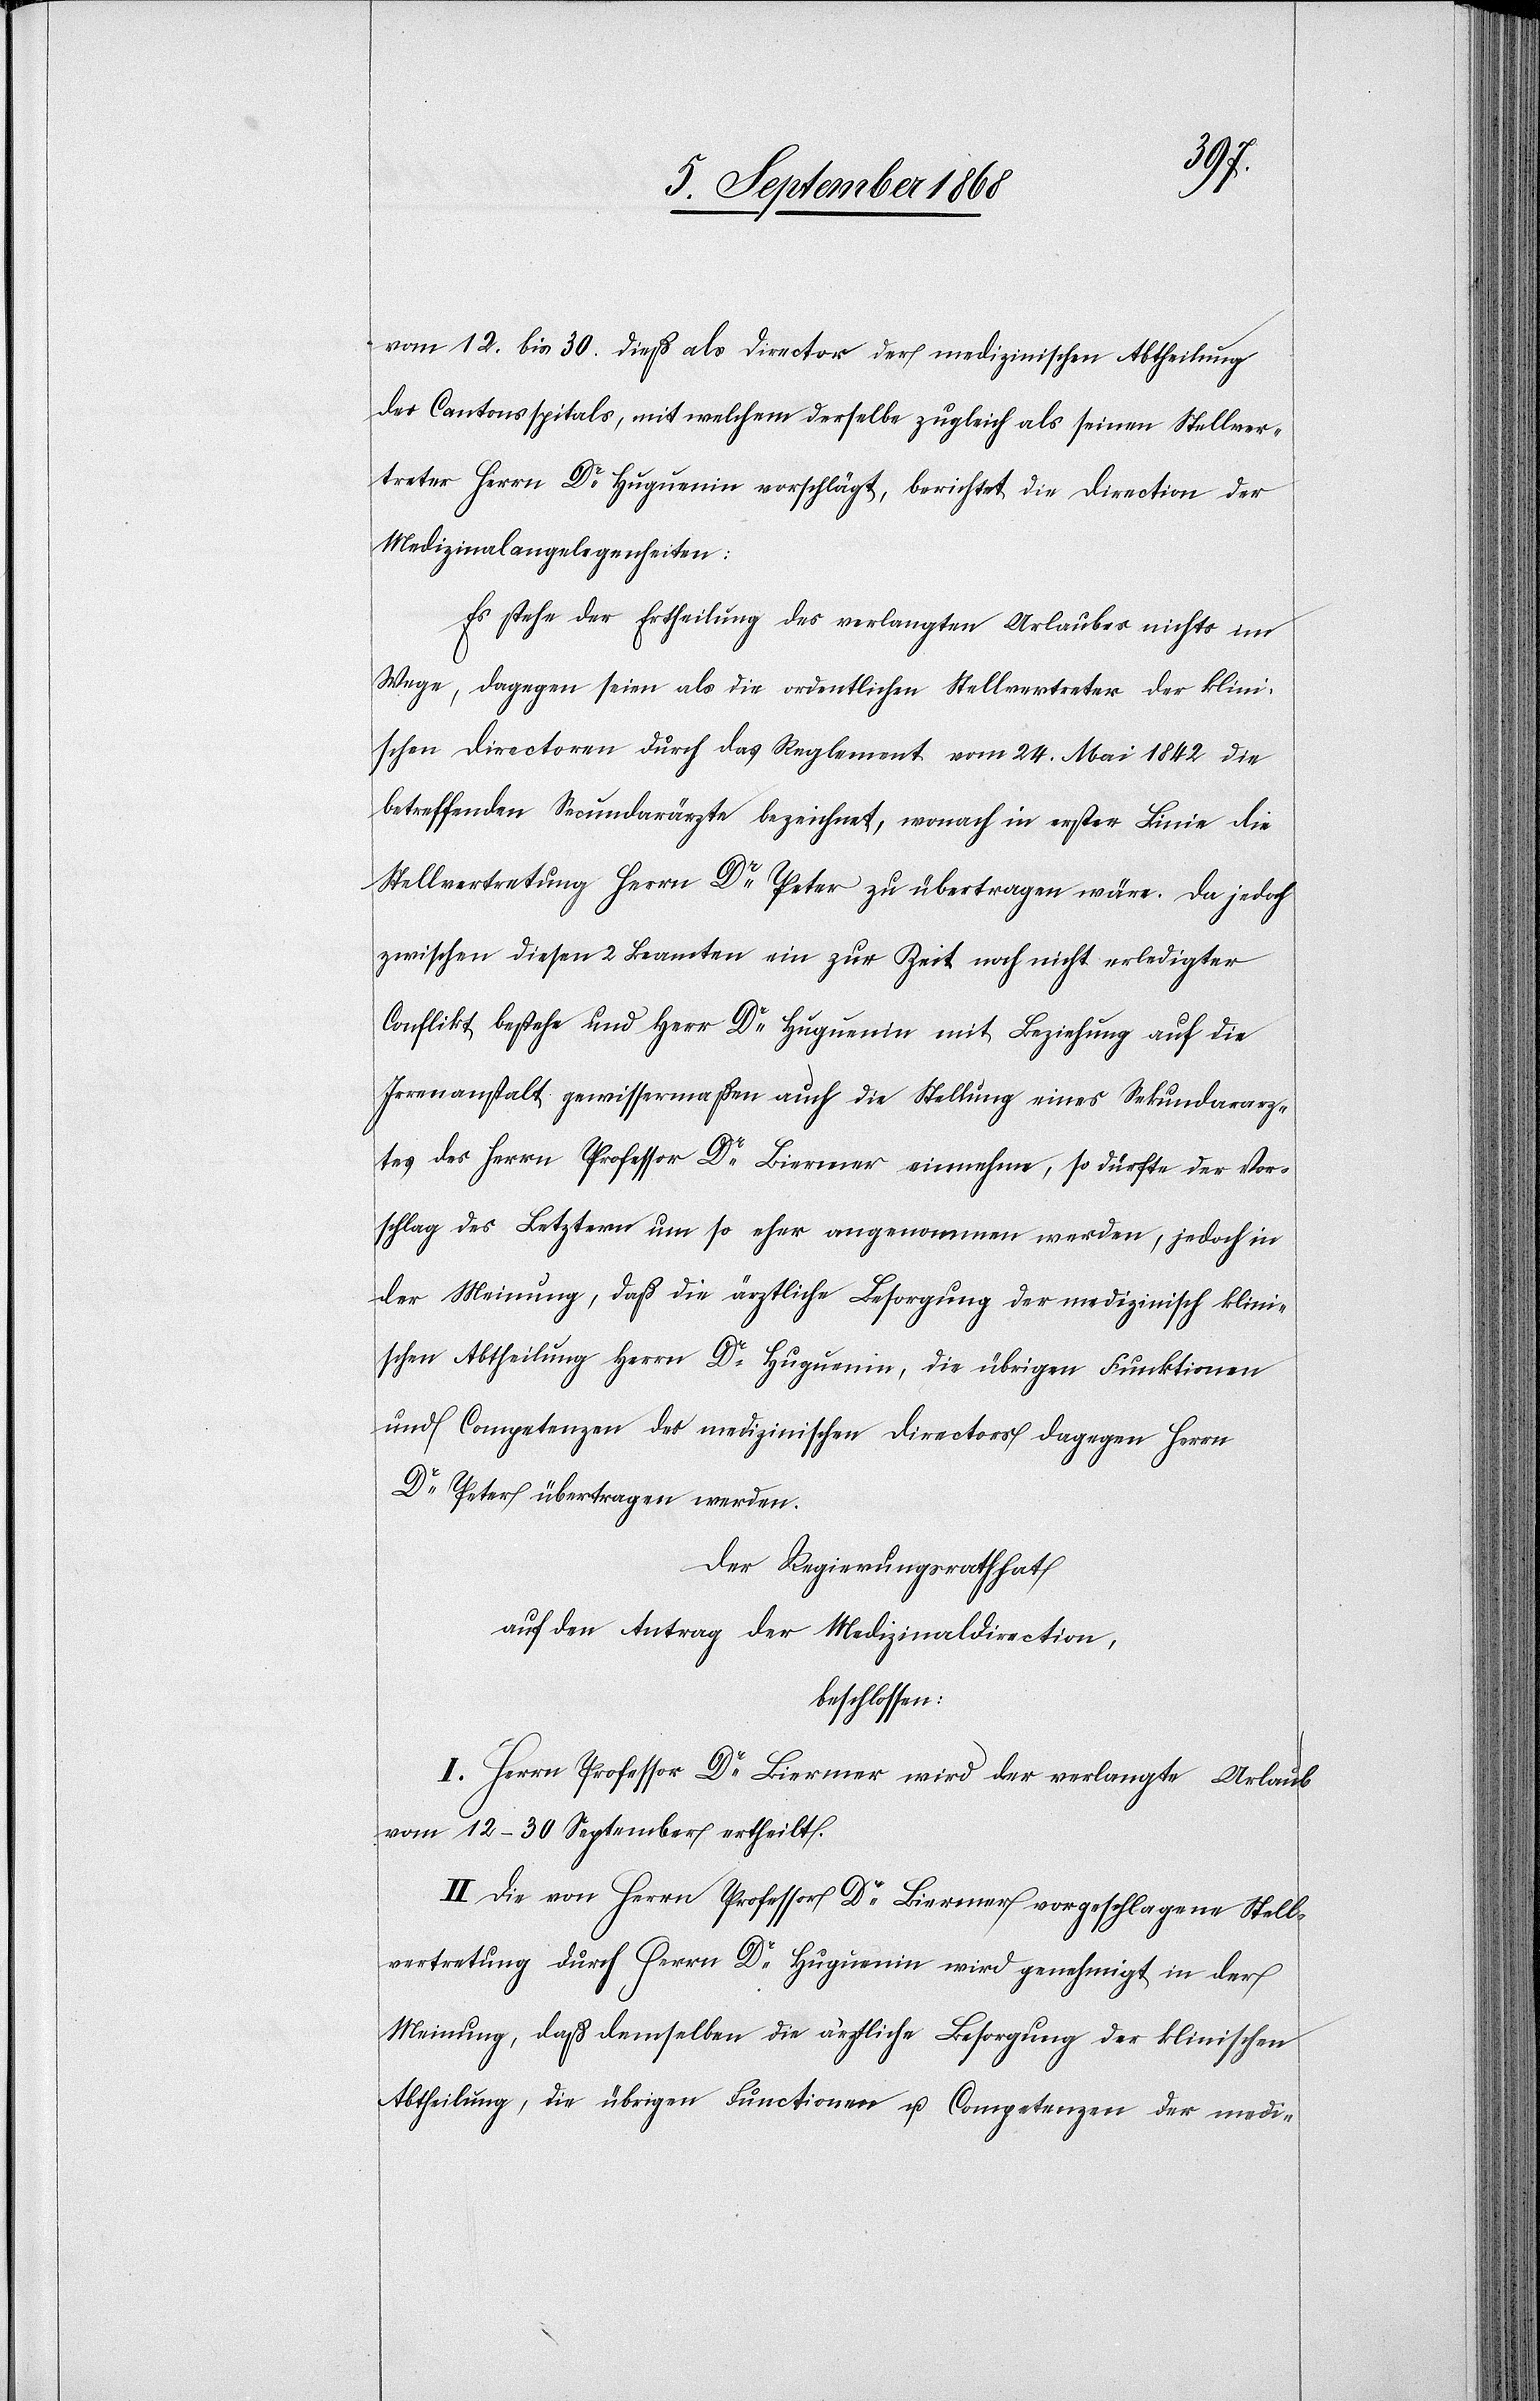
vom 12. bis 30. dieß als Director der medizinischen Abtheilung
des Cantonsspitals, mit welchem derselbe zugleich als seinen Stellver¬
treter Herrn Dr Huguenin vorschlägt, berichtet die Direction der
Medizinalangelegenheiten:
Es stehe der Ertheilung des verlangten Urlaubes nichts im
Wege, dagegen seien als die ordentlichen Stellvertreter der klini¬
schen Directoren durch das Reglement vom 24. Mai 1842 die
betreffenden Secundarärzte bezeichnet, wonach in erster Linie die
Stellvertretung Herrn Dr Peter zu übertragen wäre. Da jedoch
zwischen diesen 2 Beamten ein zur Zeit noch nicht erledigter
Conflikt bestehe und Herr Dr Huguenin mit Beziehung auf die
Irrenanstalt gewissermaßen auch die Stellung eines Sekundararz¬
tes des Herrn Professor Dr Biermer einnehme, so dürfte der Vor¬
schlag des Letztern um so eher angenommen werden, jedoch in
der Meinung, daß die ärztliche Besorgung der medizinisch klini¬
schen Abtheilung Herrn Dr Huguenin, die übrigen Funktionen
und Competenzen des medizinischen Directors dagegen Herrn
Dr Peter übertragen werden.
Der Regierungsrath hat
auf den Antrag der Medizinaldirection,
beschlossen:
I. Herrn Professor Dr Biermer wird der verlangte Urlaub
vom 12–30 September ertheilt.
II. Die von Herrn Professor Dr Biermer vorgeschlagene Stell¬
vertretung durch Herrn Dr Huguenin wird genehmigt in der
Meinung, daß demselben die ärztliche Besorgung der klinischen
Abtheilung, die übrigen Functionen u. Competenzen der medi-